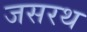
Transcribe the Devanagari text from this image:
जसरथ